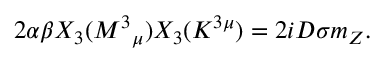
2 \alpha \beta X _ { 3 } ( M ^ { 3 } { } _ { \mu } ) X _ { 3 } ( K ^ { 3 \mu } ) = 2 i D \sigma m _ { Z } .